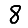
Digit: 8